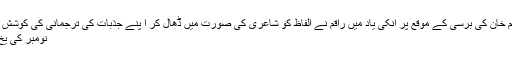
آخر میں سردار خالد ابراہیم خان کی برسی کے موقع پر انکی یاد میں راقم نے الفاظ کو شاعری کی صورت میں ڈھال کر ا پنے جذبات کی ترجمانی کی کوشش کی ہے جو رقمطراز ہیں:
نومبر کی یخ بستہ شامیں لوٹ آئی ہیں۔